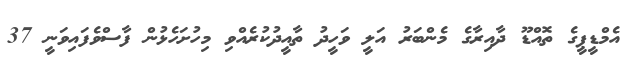
އެމްޑީޕީގެ ތޮއްޑޫ ދާއިރާގެ މެންބަރު އަލީ ވަހީދު ތާއީދުކުރެއްވި މިހުށަހެޅުން ފާސްވެފައިވަނީ 37